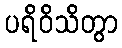
ပရိဝိသိတွာ